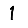
Digit: 1